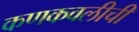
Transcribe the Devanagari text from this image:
कणकवलीची